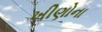
ખીણોના